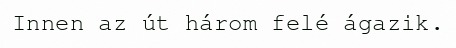
Innen az út három felé ágazik.